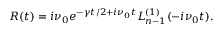
R ( t ) = i \nu _ { 0 } e ^ { - \gamma t / 2 + i \nu _ { 0 } t } L _ { n - 1 } ^ { ( 1 ) } ( - i \nu _ { 0 } t ) .